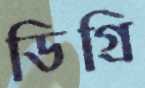
ডিগ্রি